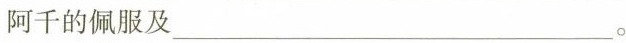
阿千的佩服及___。